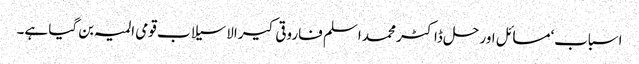
اسباب‘مسائل اور حل ڈاکٹر محمد اسلم فاروقی کیرالا سیلاب قومی المیہ بن گیا ہے۔